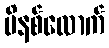
မိနစ်လောက်